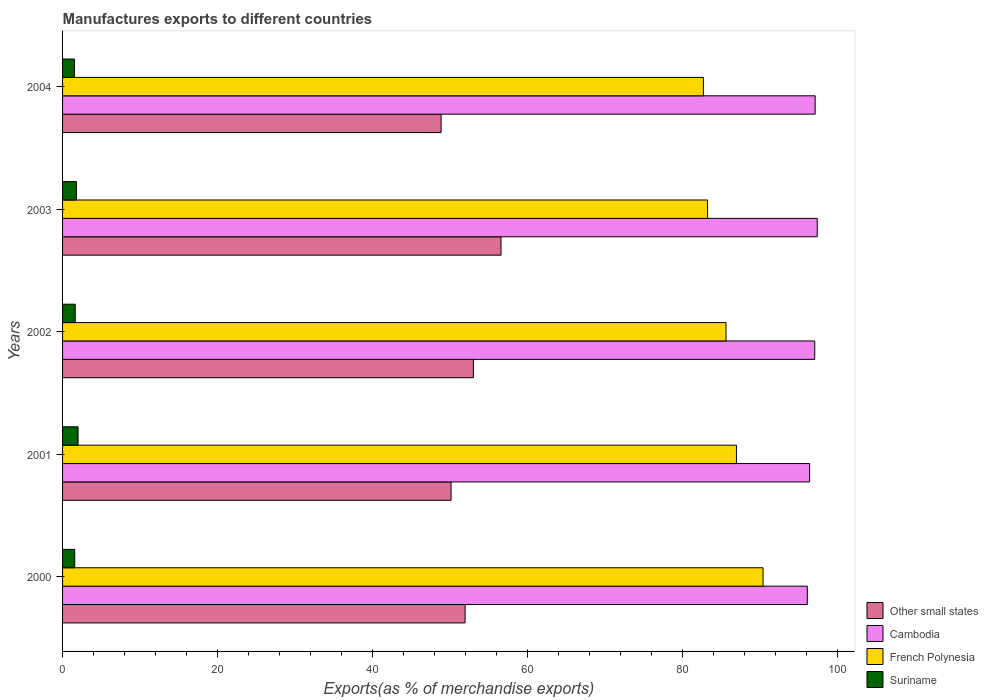
| Years | Other small states | Cambodia | French Polynesia | Suriname |
 | --- | --- | --- | --- | --- |
 | 2000 | 51.9 | 96.1 | 90.3 | 1.57 |
 | 2001 | 50.1 | 96.4 | 86.9 | 2 |
 | 2002 | 53 | 97 | 85.6 | 1.63 |
 | 2003 | 56.6 | 97.3 | 83.2 | 1.79 |
 | 2004 | 48.8 | 97.1 | 82.7 | 1.53 |